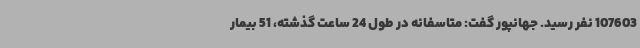
107603 نفر رسید. جهانپور گفت: متاسفانه در طول 24 ساعت گذشته، 51 بیمار